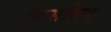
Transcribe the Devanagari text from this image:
जिसदिन